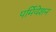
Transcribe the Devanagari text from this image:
पर्मियेशन